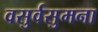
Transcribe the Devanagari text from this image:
वसुर्वसुमना